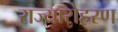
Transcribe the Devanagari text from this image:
राज्यारोहरण